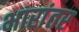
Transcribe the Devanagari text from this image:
भारांतर